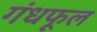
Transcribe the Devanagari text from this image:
गंधफूल